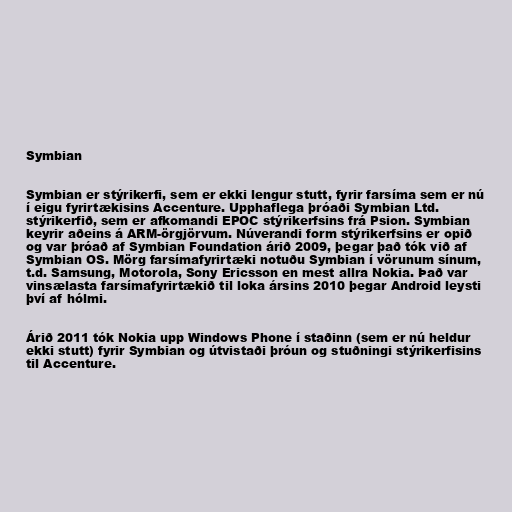
Symbian

Symbian er stýrikerfi, sem er ekki lengur stutt, fyrir farsíma sem er nú
í eigu fyrirtækisins Accenture. Upphaflega þróaði Symbian Ltd.
stýrikerfið, sem er afkomandi EPOC stýrikerfsins frá Psion. Symbian
keyrir aðeins á ARM-örgjörvum. Núverandi form stýrikerfsins er opið
og var þróað af Symbian Foundation árið 2009, þegar það tók við af
Symbian OS. Mörg farsímafyrirtæki notuðu Symbian í vörunum sínum,
t.d. Samsung, Motorola, Sony Ericsson en mest allra Nokia. Það var
vinsælasta farsímafyrirtækið til loka ársins 2010 þegar Android leysti
því af hólmi.

Árið 2011 tók Nokia upp Windows Phone í staðinn (sem er nú heldur
ekki stutt) fyrir Symbian og útvistaði þróun og stuðningi stýrikerfisins
til Accenture.